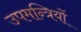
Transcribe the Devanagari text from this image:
उपमन्त्रियों